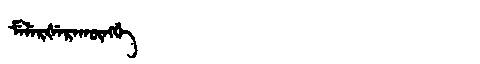
Manchu: ᠮᡝᠯᡝᡵᡧᡝᡵᠠᡴᡡᠩᡤᡝ
Romanization: MELERŠERAKŪNGGE